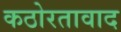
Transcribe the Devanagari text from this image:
कठोरतावाद